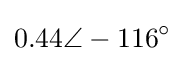
0.44\angle -116^{\circ }